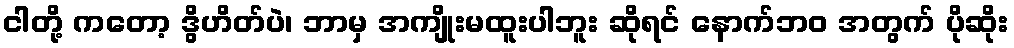
ငါတို့ ကတော့ ဒွိဟိတ်ပဲ၊ ဘာမှ အကျိုးမထူးပါဘူး ဆိုရင် နောက်ဘဝ အတွက် ပိုဆိုး